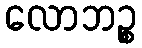
လောဘဉ္စ